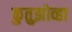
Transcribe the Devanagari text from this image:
कुतुझोव्हा